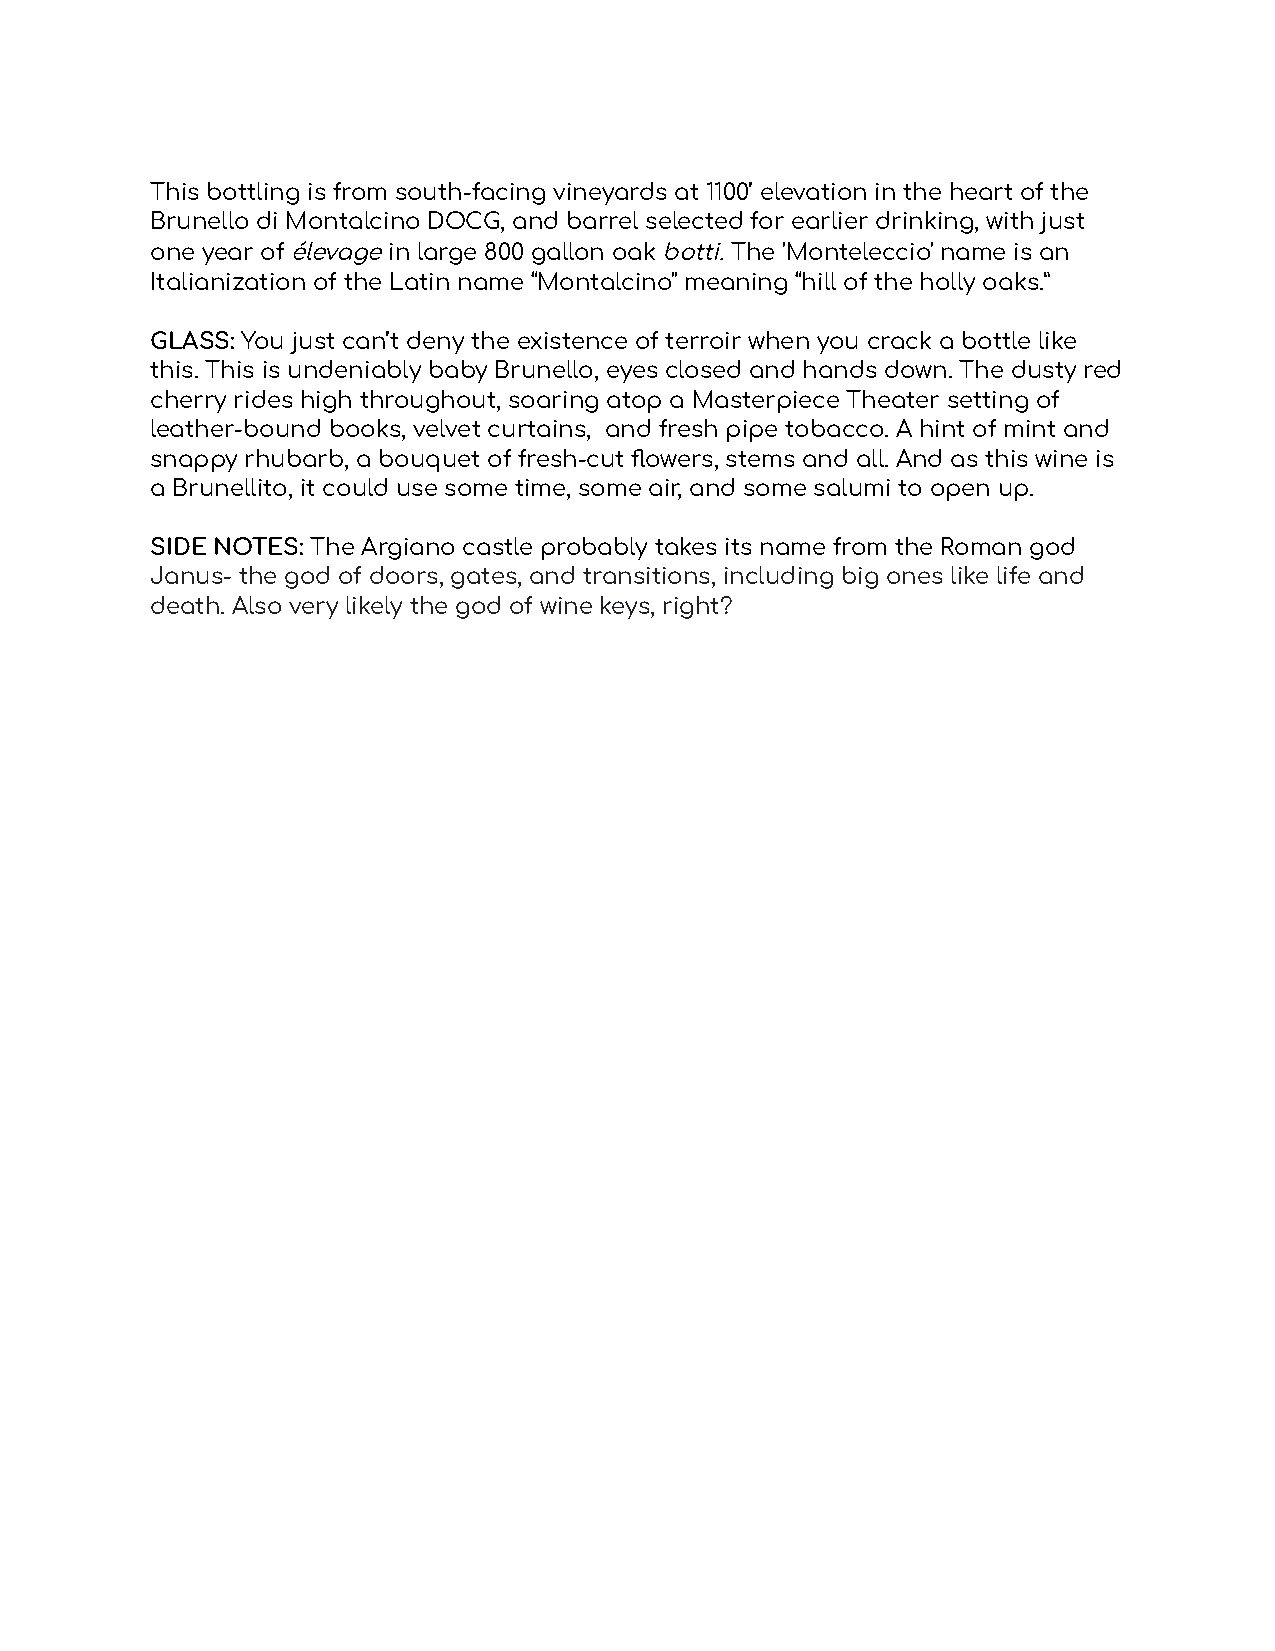
This bottling is from south-facing vineyards at 1100’ elevation in the heart of the
 Brunello di Montalcino DOCG, and barrel selected for earlier drinking, with just
 one year ofélevagein large 800 gallon oakbotti.The 'Monteleccio' name is an
 Italianization of the Latin name “Montalcino'' meaning “hill of the holly oaks.”
 GLASS: You just can’t deny the existence of terroir when you crack a bottle like
 this. This is undeniably baby Brunello, eyes closed and hands down. The dusty red
 cherry rides high throughout, soaring atop a Masterpiece Theater setting of
 leather-bound books, velvet curtains, and fresh pipe tobacco. A hint of mint and
 snappy rhubarb, a bouquet of fresh-cut flowers, stems and all. And as this wine is
 a Brunellito, it could use some time, some air, and some salumi to open up.
 SIDE NOTES: The Argiano castle probably takes its name from the Roman god
 Janus- the god of doors, gates, and transitions, including big ones like life and
 death. Also very likely the god of wine keys, right?